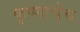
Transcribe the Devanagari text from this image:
कृष्णाचेच